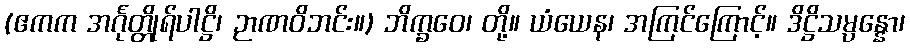
(ဧကက အင်္ဂုတ္တိုရ်ပါဋ္ဌိ၊ ဉာဏဝိဘင်း။) ဘိက္ခဝေ၊ တို့။ ယံယေန၊ အကြင်ကြောင့်။ ဒိဋ္ဌိသမ္ပန္နော၊